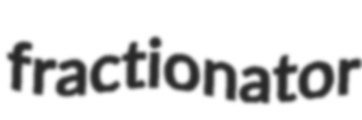
fractionator